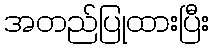
အတည်ပြုထားပြီး